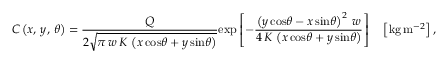
C \left( x , \, y , \, \theta \right) = \frac { Q } { 2 \sqrt { \pi \, w \, K \, \left( x \, \mathrm { c o s } \theta + y \, \mathrm { s i n } \theta \right) } } \mathrm { e x p } \left[ - \frac { \left( y \, \mathrm { c o s } \theta - x \, \mathrm { s i n } \theta \right) ^ { 2 } \, w } { 4 \, K \, \left( x \, \mathrm { c o s } \theta + y \, \mathrm { s i n } \theta \right) } \right] \quad \left[ \mathrm { k g } \, \mathrm { m } ^ { - 2 } \right] ,